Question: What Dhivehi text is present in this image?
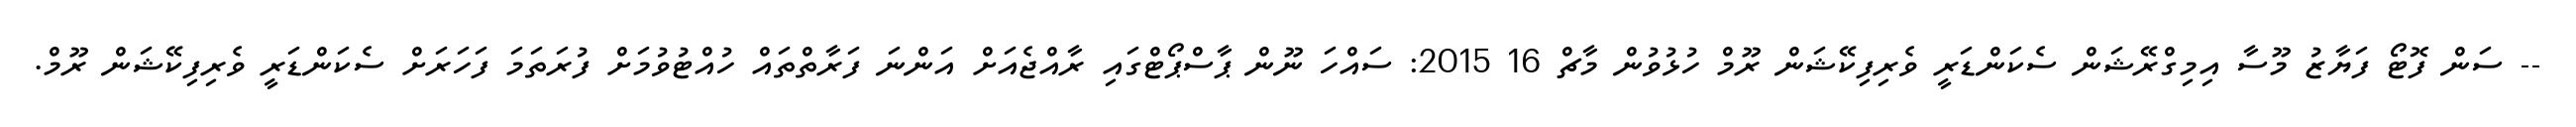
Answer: -- ސަން ފޮޓޯ ފަޔާޒު މޫސާ އިމިގްރޭޝަން ސެކަންޑަރީ ވެރިފިކޭޝަން ރޫމް ހުޅުވުން މާޗް 16 2015: ސައްހަ ނޫން ޕާސްޕޯޓްގައި ރާއްޖެއަށް އަންނަ ފަރާތްތައް ހުއްޓުވުމަށް ފުރަތަމަ ފަހަރަށް ސެކަންޑަރީ ވެރިފިކޭޝަން ރޫމް.